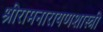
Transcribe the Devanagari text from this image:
श्रीरामनारायणशास्त्री